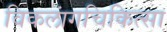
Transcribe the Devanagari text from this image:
विकलांगचिकित्सा